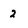
Character: 2